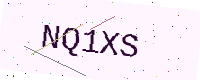
Text: NQ1XS